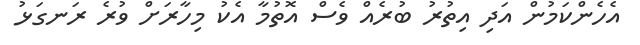
އެހެންކަމުން އަދި އިތުރު ބުރެއް ވެސް އޮތުމާ އެކު މިހާރަށް ވުރެ ރަނގަޅު